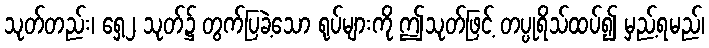
သုတ်တည်း၊ ရှေ့၂ သုတ်၌ တွက်ပြခဲ့သော ရုပ်များကို ဤသုတ်ဖြင့် တပ္ပုရိသ်ထပ်၍ မှည့်ရမည်၊